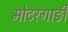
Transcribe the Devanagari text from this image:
मोटरगाङी